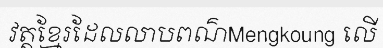
វត្តខ្មែរដែលលាបពណ៌Mengkoung លើ